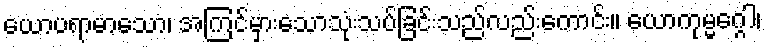
ယောပရာမာသော၊ အကြင်မှားသောသုံးသပ်ခြင်းသည်လည်းကောင်း။ ယောကုမ္မဂ္ဂေါ၊